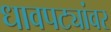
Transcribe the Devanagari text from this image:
धावपट्यांवर